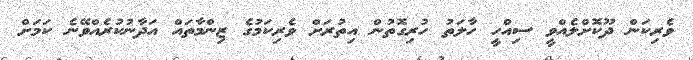
ވެރިކަން ދޫކޮށްލެއްވީ ސިއްހީ ހާލަތު ހުރިގޮތުން އިތުރަށް ވެރިކަމުގެ ޒިންމާތައް އަދާނުކުރެއްވޭނެ ކަމަށް